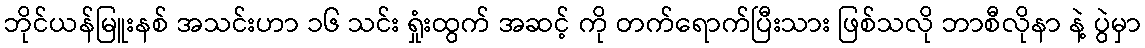
ဘိုင်ယန်မြူးနစ် အသင်းဟာ ၁၆ သင်း ရှုံးထွက် အဆင့် ကို တက်ရောက်ပြီးသား ဖြစ်သလို ဘာစီလိုနာ နဲ့ ပွဲမှာ